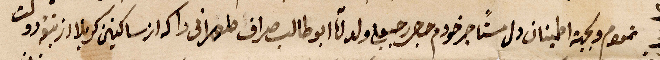
...ولجهة اطمينان دل مستاجر خودم حجر رحبعلي ولد أبو طالب صراف طهراني داكه اوساكنين كربلاد ... دولت